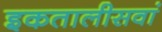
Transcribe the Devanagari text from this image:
इकतालीसवां